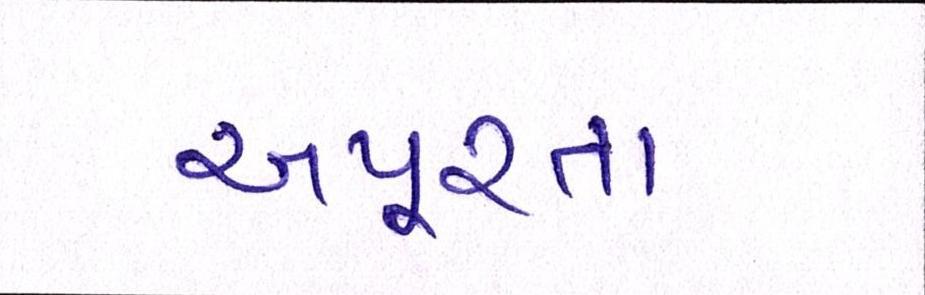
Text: અપૂરતા